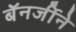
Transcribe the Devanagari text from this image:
बॅनर्जीने